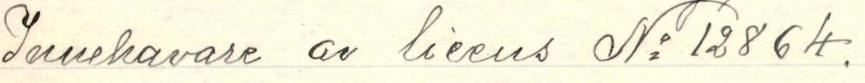
   Innehavare av licens N:o 12864.